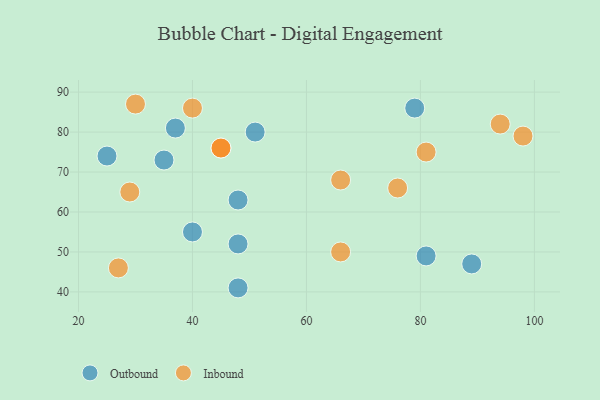
{"axis": {"x": "GDP", "y": "Life Expectancy"}, "legend": ["Inbound", "Outbound"], "data": [{"x": "48", "y": 41, "type": "Outbound"}, {"x": "81", "y": 49, "type": "Outbound"}, {"x": "40", "y": 55, "type": "Outbound"}, {"x": "35", "y": 73, "type": "Outbound"}, {"x": "89", "y": 47, "type": "Outbound"}, {"x": "25", "y": 74, "type": "Outbound"}, {"x": "48", "y": 52, "type": "Outbound"}, {"x": "79", "y": 86, "type": "Outbound"}, {"x": "51", "y": 80, "type": "Outbound"}, {"x": "48", "y": 63, "type": "Outbound"}, {"x": "37", "y": 81, "type": "Outbound"}, {"x": "40", "y": 86, "type": "Inbound"}, {"x": "66", "y": 50, "type": "Inbound"}, {"x": "81", "y": 75, "type": "Inbound"}, {"x": "29", "y": 65, "type": "Inbound"}, {"x": "45", "y": 76, "type": "Inbound"}, {"x": "76", "y": 66, "type": "Inbound"}, {"x": "94", "y": 82, "type": "Inbound"}, {"x": "27", "y": 46, "type": "Inbound"}, {"x": "66", "y": 68, "type": "Inbound"}, {"x": "98", "y": 79, "type": "Inbound"}, {"x": "30", "y": 87, "type": "Inbound"}, {"x": "45", "y": 76, "type": "Inbound"}]}